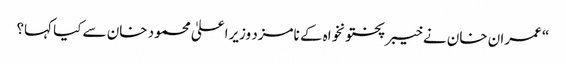
“ عمران خان نے خیبرپختونخواہ کے نامزد وزیراعلیٰ محمود خان سے کیا کہا؟